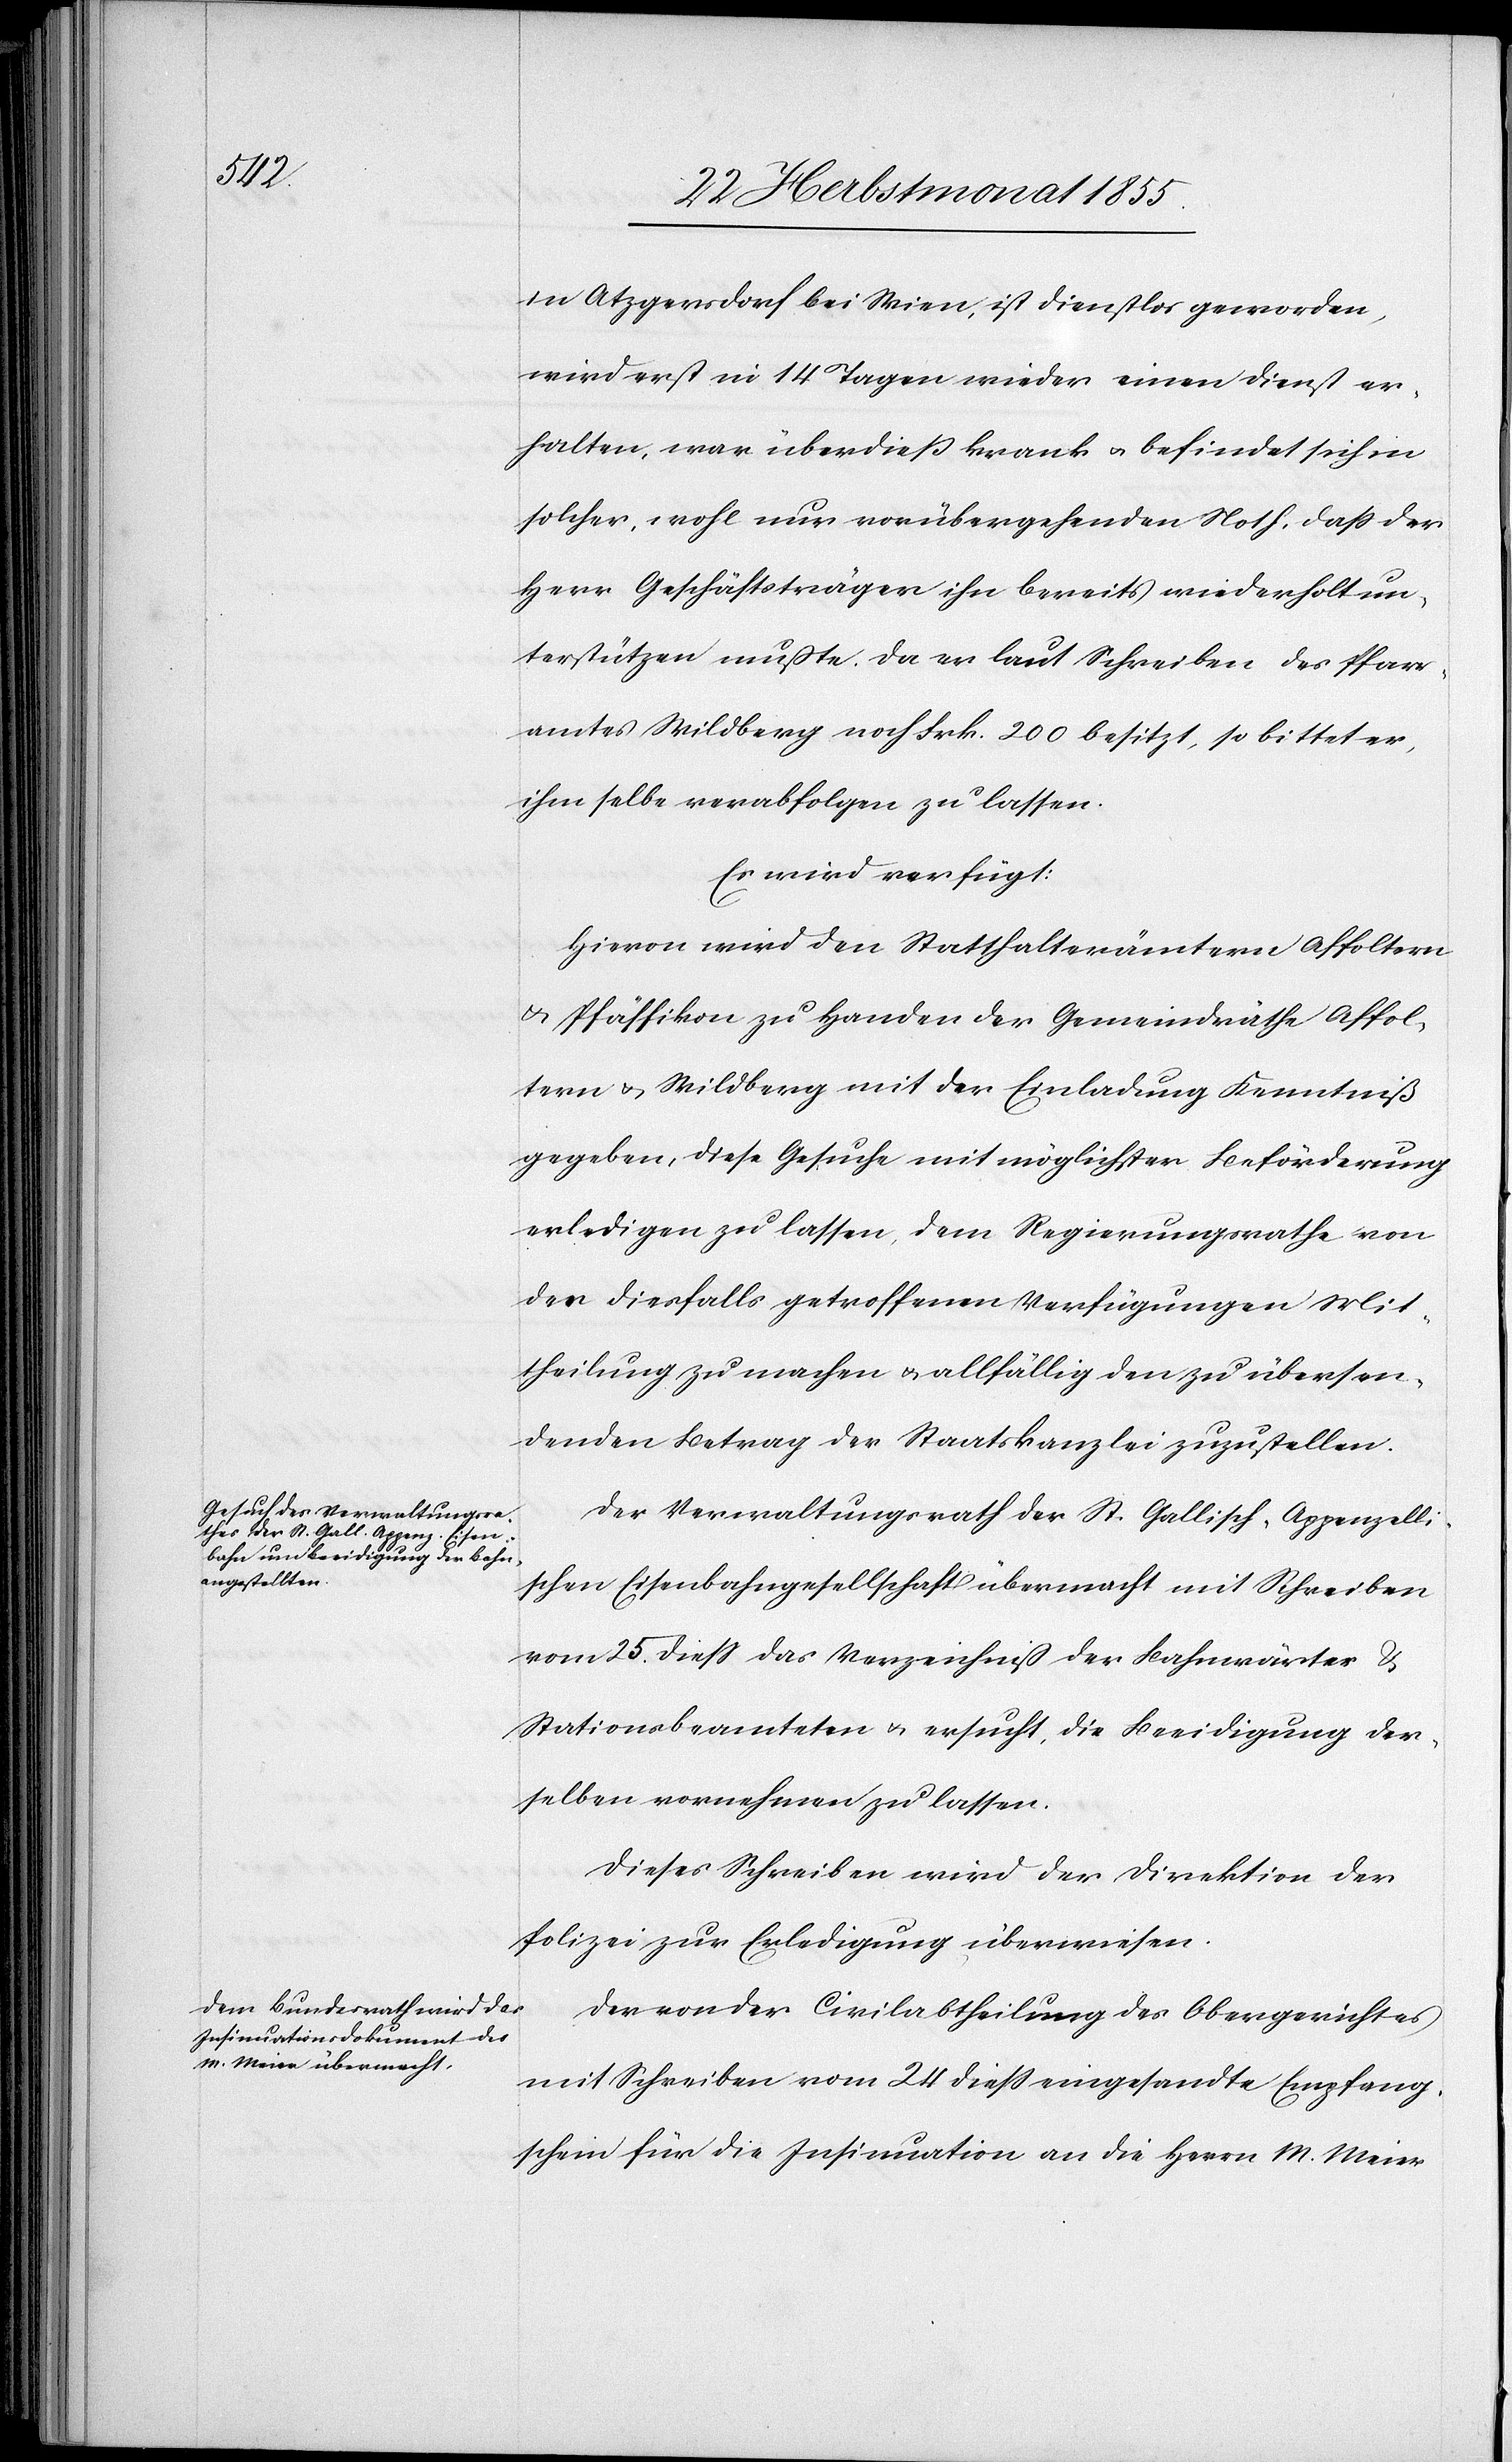
26 Herbstmonat 1855.]
in Atzgersdorf bei Wien, ist dienstlos geworden,
wird erst in 14 Tagen wieder einen Dienst er¬
halten, war überdieß krank & befindet sich in
solcher, wohl nur vorübergehenden Noth, daß der
Herr Geschäftsträger ihn bereits wiederholt un¬
terstützen mußte. Da er laut Schreiben des Pfarr¬
amtes Wildberg noch Frk. 200 besitzt, so bittet er,
ihm selbe verabfolgen zu lassen.
Es wird verfügt:
Hievon wird den Statthalterämtern Affoltern
& Pfäffikon zu Handen der Gemeindräthe Affol¬
tern & Wildberg mit der Einladung Kenntniß
gegeben, diese Gesuche mit möglichster Beförderung
erledigen zu lassen, dem Regierungsrathe von
den diesfalls getroffenen Verfügungen Mit¬
theilung zu machen & allfällig den zu übersen¬
denden Betrag der Staatskanzlei zuzustellen.
Der Verwaltungsrath der St. Gallisch-Appenzell¬
ischen Eisenbahngesellschaft übermacht mit Schreiben
vom 25. diess das Verzeichniß der Bahnwärter &
Stationsbeamteten & ersucht, die Beeidigung der¬
selben vornehmen zu lassen.
Dieses Schreiben wird der Direktion der
Polizei zur Erledigung überwiesen.
Der von der Civilabtheilung des Obergerichtes
mit Schreiben vom 24 dieß eingesandte Empfang¬
schein für die Insinuation an die Herrn M. Meier